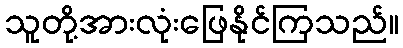
သူတို့အားလုံးဖြေနိုင်ကြသည်။